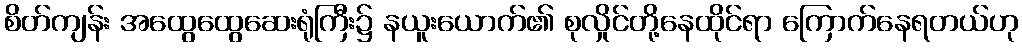
စိတ်ကျန်း အထွေထွေဆေးရုံကြီး၌ နယူးယောက်၏ စုလှိုင်တို့နေထိုင်ရာ ကြောက်နေရတယ်ဟု